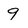
Character: 9